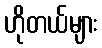
ဟိုတယ်များ